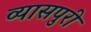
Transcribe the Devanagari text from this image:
व्यासपुरी